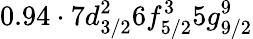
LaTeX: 0.94\cdot 7d_{3/2}^{2}6f_{5/2}^{3}5g_{9/2}^{9}